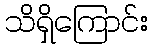
သိရှိကြောင်း